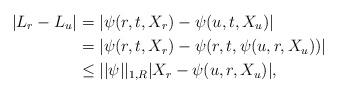
LaTeX: \begin{align*} |L_r - L_u| &= |\psi(r, t, X_r) - \psi(u, t, X_u)| \\&= |\psi(r, t, X_r) - \psi(r,t,\psi(u,r, X_u))|\\&\leq ||\psi||_{1,R}|X_r - \psi(u,r, X_u)|,\end{align*}